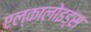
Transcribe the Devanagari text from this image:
एल्कालोइड्स